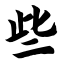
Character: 些